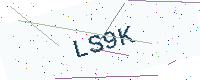
Text: LS9K